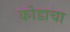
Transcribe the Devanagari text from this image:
कोडाचा